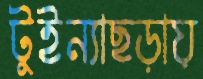
টুইন্যাছড়ায়